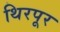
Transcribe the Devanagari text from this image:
थिरपूर